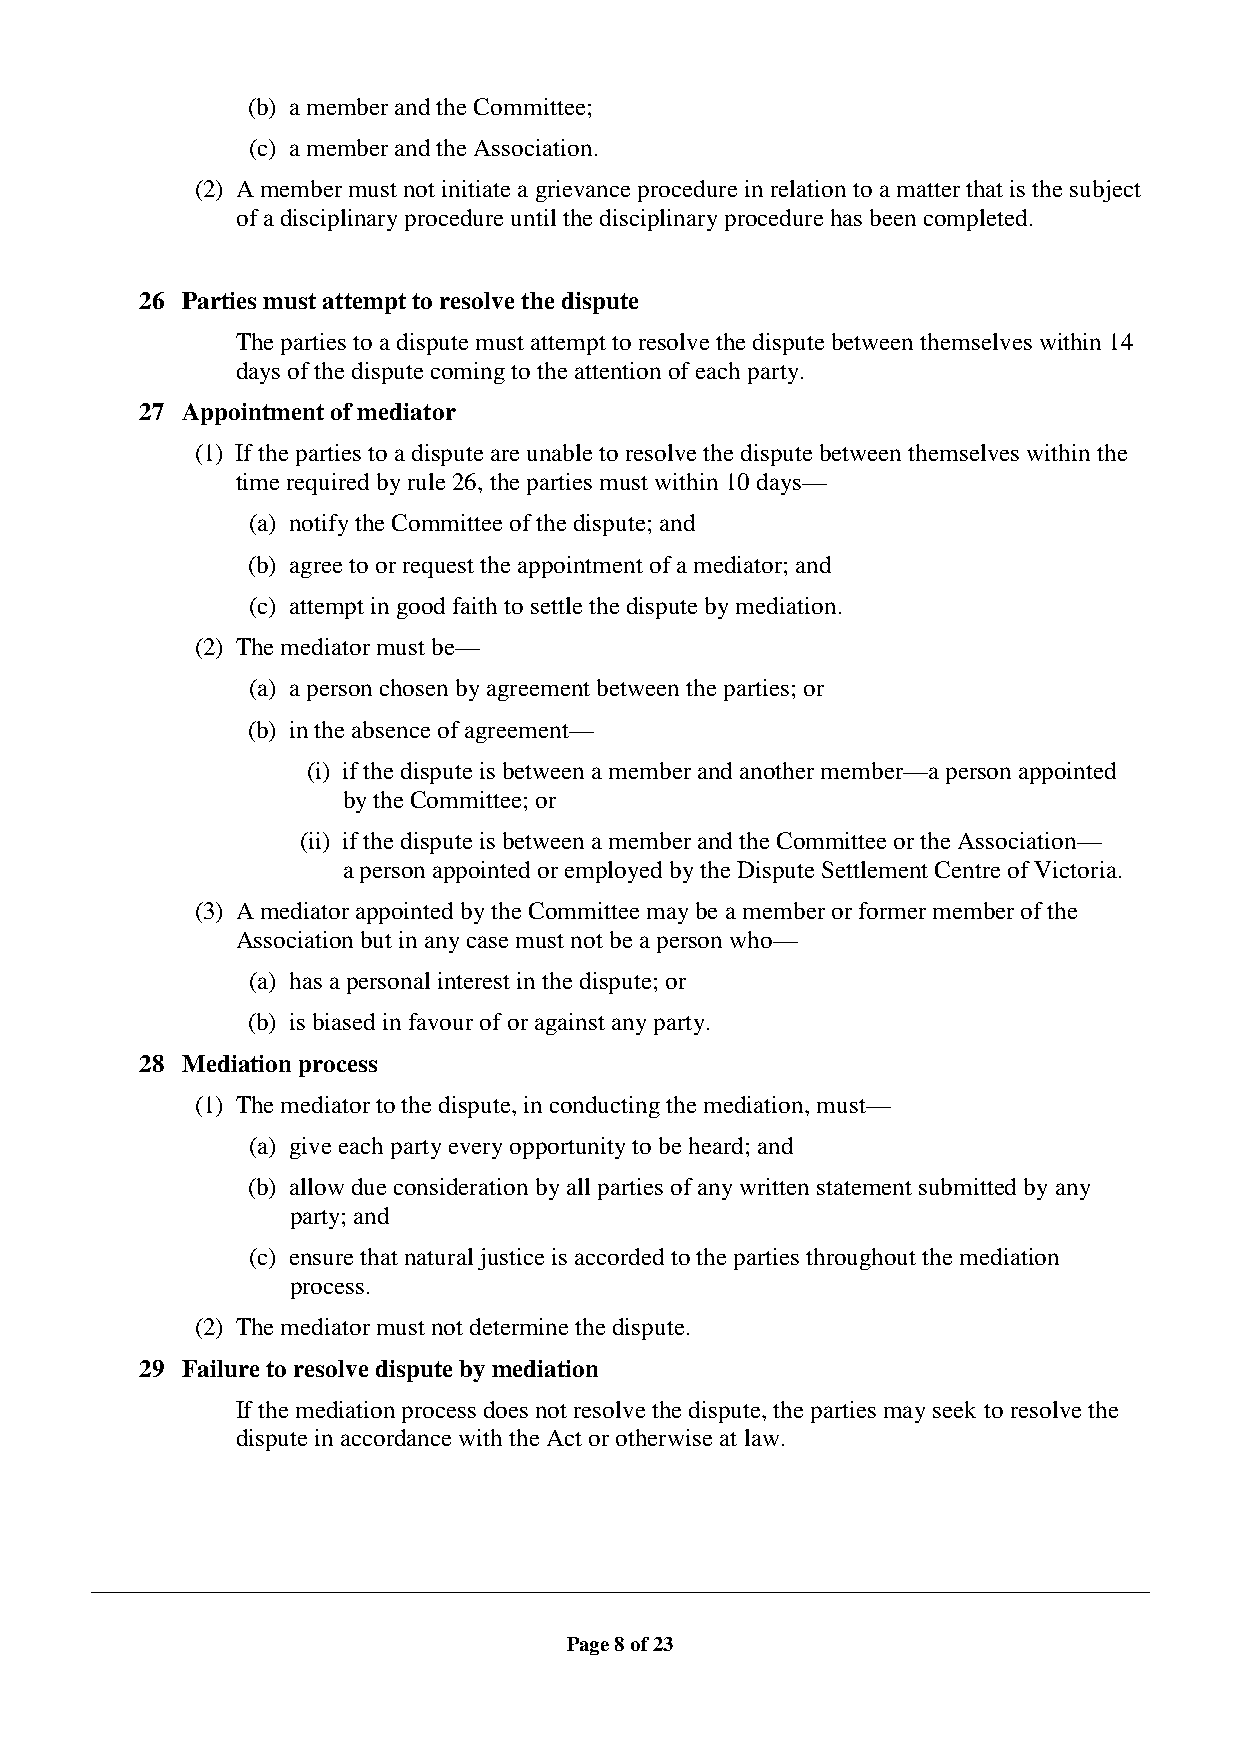
(b) a member and the Committee;
 (c) a member and the Association.
 (2) A member must not initiate a grievance procedure in relation to a matter that is the subject
 of a disciplinary procedure until the disciplinary procedure has been completed.
 26 Parties must attempt to resolve the dispute
 The parties to a dispute must attempt to resolve the dispute between themselves within 14
 days of the dispute coming to the attention of each party.
 27 Appointment of mediator
 (1) If the parties to a dispute are unable to resolve the dispute between themselves within the
 time required by rule 26, the parties must within 10 days—
 (a) notify the Committee of the dispute; and
 (b) agree to or request the appointment of a mediator; and
 (c) attempt in good faith to settle the dispute by mediation.
 (2) The mediator must be—
 (a) a person chosen by agreement between the parties; or
 (b) in the absence of agreement—
 (i) if the dispute is between a member and another member—a person appointed
 by the Committee; or
 (ii) if the dispute is between a member and the Committee or the Association—
 a person appointed or employed by the Dispute Settlement Centre of Victoria.
 (3) A mediator appointed by the Committee may be a member or former member of the
 Association but in any case must not be a person who—
 (a) has a personal interest in the dispute; or
 (b) is biased in favour of or against any party.
 28 Mediation process
 (1) The mediator to the dispute, in conducting the mediation, must—
 (a) give each party every opportunity to be heard; and
 (b) allow due consideration by all parties of any written statement submitted by any
 party; and
 (c) ensure that natural justice is accorded to the parties throughout the mediation
 process.
 (2) The mediator must not determine the dispute.
 29 Failure to resolve dispute by mediation
 If the mediation process does not resolve the dispute, the parties may seek to resolve the
 dispute in accordance with the Act or otherwise at law.
 Page 8 of 23